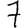
Digit: 7